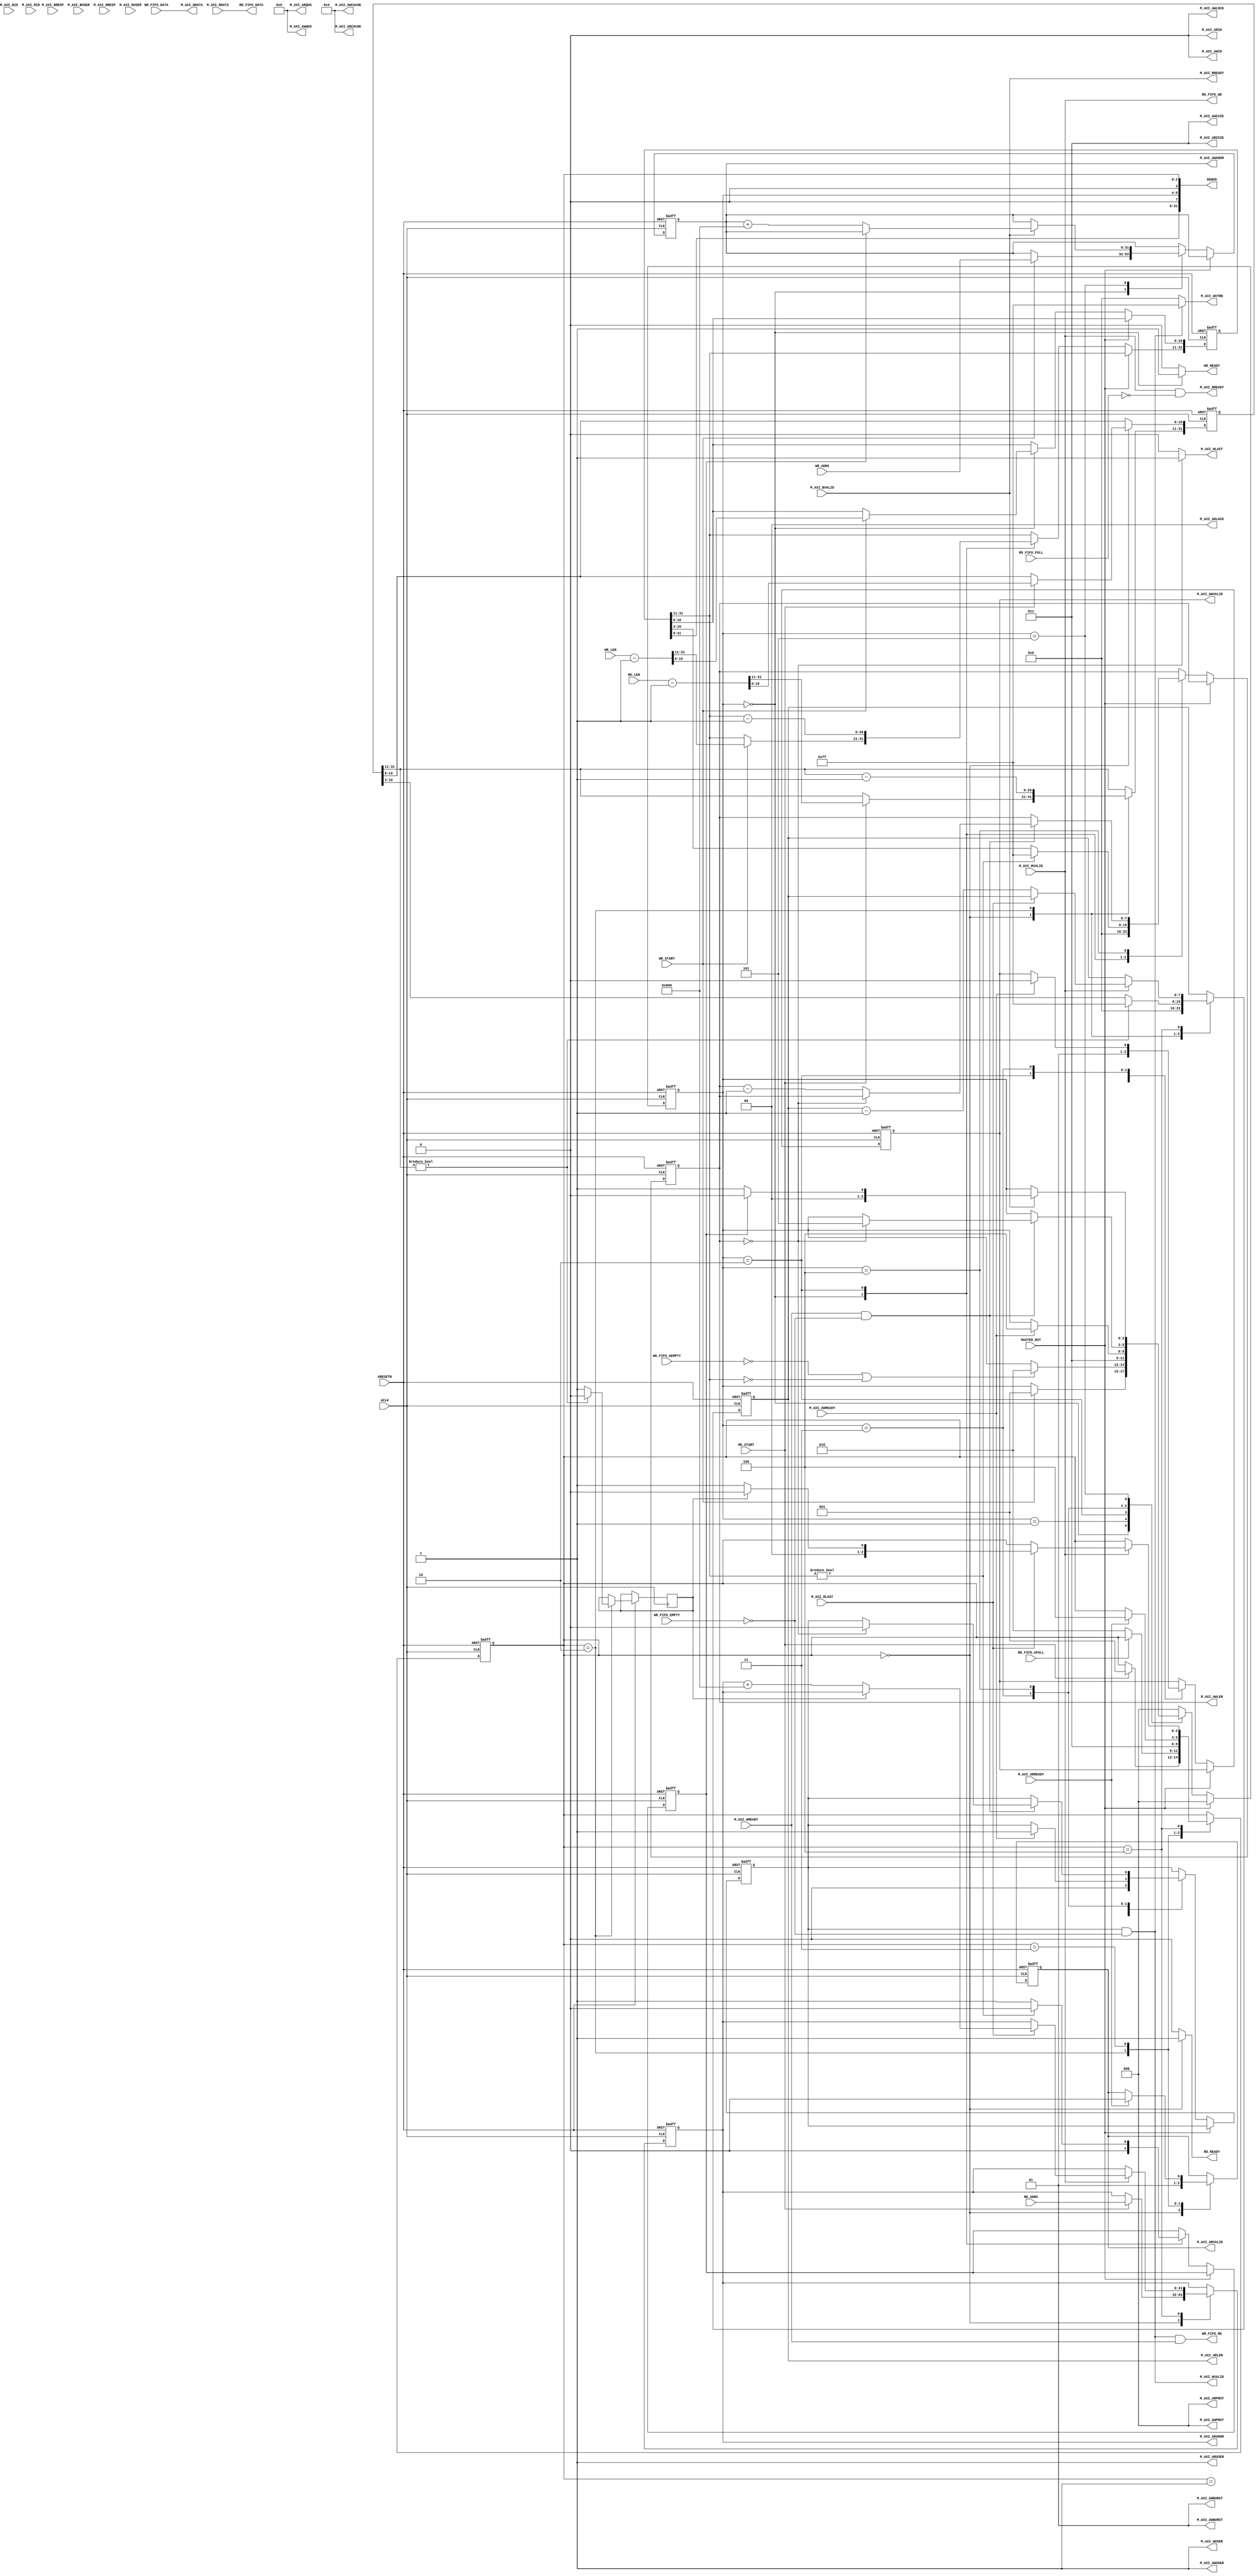
module aq_axi_master(
  // Reset, Clock
  input           ARESETN,
  input           ACLK,

  // Master Write Address
  output [0:0]  M_AXI_AWID,
  output [31:0] M_AXI_AWADDR,
  output [7:0]  M_AXI_AWLEN,    // Burst Length: 0-255
  output [2:0]  M_AXI_AWSIZE,   // Burst Size: Fixed 2'b011
  output [1:0]  M_AXI_AWBURST,  // Burst Type: Fixed 2'b01(Incremental Burst)
  output        M_AXI_AWLOCK,   // Lock: Fixed 2'b00
  output [3:0]  M_AXI_AWCACHE,  // Cache: Fiex 2'b0011
  output [2:0]  M_AXI_AWPROT,   // Protect: Fixed 2'b000
  output [3:0]  M_AXI_AWQOS,    // QoS: Fixed 2'b0000
  output [0:0]  M_AXI_AWUSER,   // User: Fixed 32'd0
  output        M_AXI_AWVALID,
  input         M_AXI_AWREADY,

  // Master Write Data
  output [63:0] M_AXI_WDATA,
  output [7:0]  M_AXI_WSTRB,
  output        M_AXI_WLAST,
  output [0:0]  M_AXI_WUSER,
  output        M_AXI_WVALID,
  input         M_AXI_WREADY,

  // Master Write Response
  input [0:0]   M_AXI_BID,
  input [1:0]   M_AXI_BRESP,
  input [0:0]   M_AXI_BUSER,
  input         M_AXI_BVALID,
  output        M_AXI_BREADY,
    
  // Master Read Address
  output [0:0]  M_AXI_ARID,
  output [31:0] M_AXI_ARADDR,
  output [7:0]  M_AXI_ARLEN,
  output [2:0]  M_AXI_ARSIZE,
  output [1:0]  M_AXI_ARBURST,
  output [1:0]  M_AXI_ARLOCK,
  output [3:0]  M_AXI_ARCACHE,
  output [2:0]  M_AXI_ARPROT,
  output [3:0]  M_AXI_ARQOS,
  output [0:0]  M_AXI_ARUSER,
  output        M_AXI_ARVALID,
  input         M_AXI_ARREADY,
    
  // Master Read Data 
  input [0:0]   M_AXI_RID,
  input [63:0]  M_AXI_RDATA,
  input [1:0]   M_AXI_RRESP,
  input         M_AXI_RLAST,
  input [0:0]   M_AXI_RUSER,
  input         M_AXI_RVALID,
  output        M_AXI_RREADY,
        
  // Local Bus
  input         MASTER_RST,
  
  input         WR_START,
  input [31:0]  WR_ADRS,
  input [31:0]  WR_LEN, 
  output        WR_READY,
  output        WR_FIFO_RE,
  input         WR_FIFO_EMPTY,
  input         WR_FIFO_AEMPTY,
  input [63:0]  WR_FIFO_DATA,

  input         RD_START,
  input [31:0]  RD_ADRS,
  input [31:0]  RD_LEN, 
  output        RD_READY,
  output        RD_FIFO_WE,
  input         RD_FIFO_FULL,
  input         RD_FIFO_AFULL,
  output [63:0] RD_FIFO_DATA,

  output [31:0] DEBUG
);

  localparam S_WR_IDLE  = 3'd0;
  localparam S_WA_WAIT  = 3'd1;
  localparam S_WA_START = 3'd2;
  localparam S_WD_WAIT  = 3'd3;
  localparam S_WD_PROC  = 3'd4;
  localparam S_WR_WAIT  = 3'd5;

  reg [2:0]   wr_state;
  reg [31:0]  reg_wr_adrs;
  reg [31:0]  reg_wr_len;
  reg         reg_awvalid, reg_wvalid, reg_w_last;
  reg [7:0]   reg_w_len;
  reg [7:0]   reg_w_stb;
  reg [1:0]   reg_wr_status;
  reg [3:0]   reg_w_count, reg_r_count;

  reg [7:0]   rd_chkdata, wr_chkdata;
  reg [1:0]   resp;

  // Write State
  always @(posedge ACLK or negedge ARESETN) begin
    if(!ARESETN) begin
      wr_state            <= S_WR_IDLE;
      reg_wr_adrs[31:0]   <= 32'd0;
      reg_wr_len[31:0]    <= 32'd0;
      reg_awvalid         <= 1'b0;
      reg_wvalid          <= 1'b0;
      reg_w_last          <= 1'b0;
      reg_w_len[7:0]      <= 8'd0;
      reg_w_stb[7:0]      <= 8'd0;
      reg_wr_status[1:0]  <= 2'd0;
      reg_w_count[3:0]    <= 4'd0;
      reg_r_count[3:0]  <= 4'd0;
      wr_chkdata          <= 8'd0;
        rd_chkdata <= 8'd0;
      resp <= 2'd0;
  end else begin
    if(MASTER_RST) begin
      wr_state <= S_WR_IDLE;
    end else begin
      case(wr_state)
        S_WR_IDLE: begin
          if(WR_START) begin
            wr_state          <= S_WA_WAIT;
            reg_wr_adrs[31:0] <= WR_ADRS[31:0];
            reg_wr_len[31:0]  <= WR_LEN[31:0] -32'd1;
          end
          reg_awvalid         <= 1'b0;
          reg_wvalid          <= 1'b0;
          reg_w_last          <= 1'b0;
          reg_w_len[7:0]      <= 8'd0;
          reg_w_stb[7:0]      <= 8'd0;
          reg_wr_status[1:0]  <= 2'd0;
        end
        S_WA_WAIT: begin
          if(!WR_FIFO_AEMPTY | (reg_wr_len[31:11] == 21'd0)) begin
            wr_state          <= S_WA_START;
          end
        end
        S_WA_START: begin
          wr_state            <= S_WD_WAIT;
          reg_awvalid         <= 1'b1;
          reg_wr_len[31:11]    <= reg_wr_len[31:11] - 21'd1;
          if(reg_wr_len[31:11] != 21'd0) begin
            reg_w_len[7:0]  <= 8'hFF;
            reg_w_last      <= 1'b0;
            reg_w_stb[7:0]  <= 8'hFF;
          end else begin
            reg_w_len[7:0]  <= reg_wr_len[10:3];
            reg_w_last      <= 1'b1;
            reg_w_stb[7:0]  <= 8'hFF;
/*
            case(reg_wr_len[2:0]) begin
              case 3'd0: reg_w_stb[7:0]  <= 8'b0000_0000;
              case 3'd1: reg_w_stb[7:0]  <= 8'b0000_0001;
              case 3'd2: reg_w_stb[7:0]  <= 8'b0000_0011;
              case 3'd3: reg_w_stb[7:0]  <= 8'b0000_0111;
              case 3'd4: reg_w_stb[7:0]  <= 8'b0000_1111;
              case 3'd5: reg_w_stb[7:0]  <= 8'b0001_1111;
              case 3'd6: reg_w_stb[7:0]  <= 8'b0011_1111;
              case 3'd7: reg_w_stb[7:0]  <= 8'b0111_1111;
              default:   reg_w_stb[7:0]  <= 8'b1111_1111;
            endcase
*/
          end
        end
        S_WD_WAIT: begin
          if(M_AXI_AWREADY) begin
            wr_state        <= S_WD_PROC;
            reg_awvalid     <= 1'b0;
            reg_wvalid      <= 1'b1;
          end
        end
        S_WD_PROC: begin
          if(M_AXI_WREADY & ~WR_FIFO_EMPTY) begin
            if(reg_w_len[7:0] == 8'd0) begin
              wr_state        <= S_WR_WAIT;
              reg_wvalid      <= 1'b0;
              reg_w_stb[7:0]  <= 8'h00;
            end else begin
              reg_w_len[7:0]  <= reg_w_len[7:0] -8'd1;
            end
          end
        end
        S_WR_WAIT: begin
          if(M_AXI_BVALID) begin
            reg_wr_status[1:0]  <= reg_wr_status[1:0] | M_AXI_BRESP[1:0];
            if(reg_w_last) begin
              wr_state          <= S_WR_IDLE;
            end else begin
              wr_state          <= S_WA_WAIT;
              reg_wr_adrs[31:0] <= reg_wr_adrs[31:0] + 32'd2048;
            end
          end
        end
        default: begin
          wr_state <= S_WR_IDLE;
        end
      endcase
/*
      if(WR_FIFO_RE) begin
        reg_w_count[3:0]  <= reg_w_count[3:0] + 4'd1;
      end
      if(RD_FIFO_WE)begin
        reg_r_count[3:0]  <= reg_r_count[3:0] + 4'd1;
      end
      if(M_AXI_AWREADY & M_AXI_AWVALID) begin
        wr_chkdata <= 8'hEE;
      end else if(M_AXI_WSTRB[7] & M_AXI_WVALID) begin
        wr_chkdata <= WR_FIFO_DATA[63:56];
      end
      if(M_AXI_AWREADY & M_AXI_AWVALID) begin
        rd_chkdata <= 8'hDD;
      end else if(M_AXI_WSTRB[7] & M_AXI_WREADY) begin
        rd_chkdata <= WR_FIFO_DATA[63:56];
      end
      if(M_AXI_BVALID & M_AXI_BREADY) begin
        resp <= M_AXI_BRESP;
      end
*/
      end
    end
  end
   
  assign M_AXI_AWID         = 1'b0;
  assign M_AXI_AWADDR[31:0] = reg_wr_adrs[31:0];
  assign M_AXI_AWLEN[7:0]   = reg_w_len[7:0];
  assign M_AXI_AWSIZE[2:0]  = 2'b011;
  assign M_AXI_AWBURST[1:0] = 2'b01;
  assign M_AXI_AWLOCK       = 1'b0;
  assign M_AXI_AWCACHE[3:0] = 4'b0011;
  assign M_AXI_AWPROT[2:0]  = 3'b000;
  assign M_AXI_AWQOS[3:0]   = 4'b0000;
  assign M_AXI_AWUSER[0]    = 1'b1;
  assign M_AXI_AWVALID      = reg_awvalid;

  assign M_AXI_WDATA[63:0]  = WR_FIFO_DATA[63:0];
//  assign M_AXI_WSTRB[7:0]   = (reg_w_len[7:0] == 8'd0)?reg_w_stb[7:0]:8'hFF;
//  assign M_AXI_WSTRB[7:0]   = (wr_state == S_WD_PROC)?8'hFF:8'h00;
  assign M_AXI_WSTRB[7:0]   = (reg_wvalid & ~WR_FIFO_EMPTY)?8'hFF:8'h00;
  assign M_AXI_WLAST        = (reg_w_len[7:0] == 8'd0)?1'b1:1'b0;
  assign M_AXI_WUSER        = 1;
  assign M_AXI_WVALID       = reg_wvalid & ~WR_FIFO_EMPTY;
//  assign M_AXI_WVALID       = (wr_state == S_WD_PROC)?1'b1:1'b0;

  assign M_AXI_BREADY       = M_AXI_BVALID;

  assign WR_READY           = (wr_state == S_WR_IDLE)?1'b1:1'b0;
  assign WR_FIFO_RE         = reg_wvalid & ~WR_FIFO_EMPTY & M_AXI_WREADY;
//  assign WR_FIFO_RE         = (wr_state == S_WD_PROC)?M_AXI_WREADY:1'b0;

  localparam S_RD_IDLE  = 3'd0;
  localparam S_RA_WAIT  = 3'd1;
  localparam S_RA_START = 3'd2;
  localparam S_RD_WAIT  = 3'd3;
  localparam S_RD_PROC  = 3'd4;
   
  reg [2:0]   rd_state;
  reg [31:0]  reg_rd_adrs;
  reg [31:0]  reg_rd_len;
  reg         reg_arvalid, reg_r_last;
  reg [7:0]   reg_r_len;
   
  // Read State
  always @(posedge ACLK or negedge ARESETN) begin
    if(!ARESETN) begin
      rd_state          <= S_RD_IDLE;
      reg_rd_adrs[31:0] <= 32'd0;
      reg_rd_len[31:0]  <= 32'd0;
      reg_arvalid       <= 1'b0;
      reg_r_len[7:0]    <= 8'd0;
    end else begin
      case(rd_state)
        S_RD_IDLE: begin
          if(RD_START) begin
            rd_state          <= S_RA_WAIT;
            reg_rd_adrs[31:0] <= RD_ADRS[31:0];
            reg_rd_len[31:0]  <= RD_LEN[31:0] -32'd1;
          end
          reg_arvalid     <= 1'b0;
          reg_r_len[7:0]  <= 8'd0;
        end
        S_RA_WAIT: begin
          if(~RD_FIFO_AFULL) begin
            rd_state          <= S_RA_START;
          end
        end
        S_RA_START: begin
          rd_state          <= S_RD_WAIT;
          reg_arvalid       <= 1'b1;
          reg_rd_len[31:11] <= reg_rd_len[31:11] -21'd1;
          if(reg_rd_len[31:11] != 21'd0) begin
            reg_r_last      <= 1'b0;
            reg_r_len[7:0]  <= 8'd255;
          end else begin
            reg_r_last      <= 1'b1;
            reg_r_len[7:0]  <= reg_rd_len[10:3];
          end
        end
        S_RD_WAIT: begin
          if(M_AXI_ARREADY) begin
            rd_state        <= S_RD_PROC;
            reg_arvalid     <= 1'b0;
          end
        end
        S_RD_PROC: begin
          if(M_AXI_RVALID) begin
            if(M_AXI_RLAST) begin
              if(reg_r_last) begin
                rd_state          <= S_RD_IDLE;
              end else begin
                rd_state          <= S_RA_WAIT;
                reg_rd_adrs[31:0] <= reg_rd_adrs[31:0] + 32'd2048;
              end
            end else begin
              reg_r_len[7:0] <= reg_r_len[7:0] -8'd1;
            end
          end
        end
      endcase
    end
  end
   
  // Master Read Address
  assign M_AXI_ARID         = 1'b0;
  assign M_AXI_ARADDR[31:0] = reg_rd_adrs[31:0];
  assign M_AXI_ARLEN[7:0]   = reg_r_len[7:0];
  assign M_AXI_ARSIZE[2:0]  = 3'b011;
  assign M_AXI_ARBURST[1:0] = 2'b01;
  assign M_AXI_ARLOCK       = 1'b0;
  assign M_AXI_ARCACHE[3:0] = 4'b0011;
  assign M_AXI_ARPROT[2:0]  = 3'b000;
  assign M_AXI_ARQOS[3:0]   = 4'b0000;
  assign M_AXI_ARUSER[0]    = 1'b1;
  assign M_AXI_ARVALID      = reg_arvalid;

  assign M_AXI_RREADY       = M_AXI_RVALID & ~RD_FIFO_FULL;

  assign RD_READY           = (rd_state == S_RD_IDLE)?1'b1:1'b0;
  assign RD_FIFO_WE         = M_AXI_RVALID;
  assign RD_FIFO_DATA[63:0] = M_AXI_RDATA[63:0];

  assign DEBUG[31:0] = {reg_wr_len[31:8],
                        1'd0, wr_state[2:0], 1'd0, rd_state[2:0]};
   
endmodule